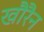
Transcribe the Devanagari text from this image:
खौरैन